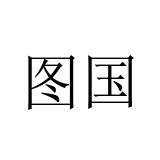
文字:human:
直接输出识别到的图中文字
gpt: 图国